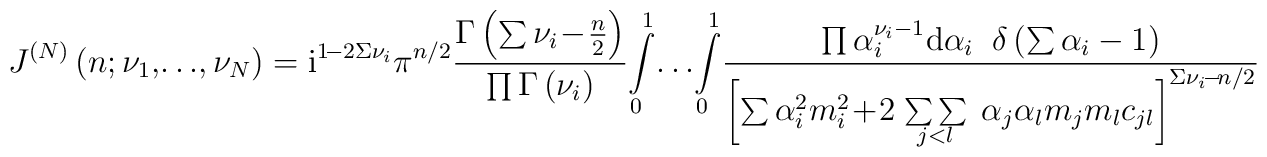
J^{(N)}\left(n; \nu_1, \!\ldots\! , \nu_N \right)= \mbox{i}^{1\!-2\Sigma\nu_i} \pi^{n/2}\frac{\Gamma\left(\sum\nu_i \!-\! {\textstyle{n\over2}} \right)}     {\prod\Gamma\left(\nu_i\right)} \!\int\limits_0^1 \!\ldots\! \int\limits_0^1 \!\frac{\prod \alpha_i^{\nu_i-1} \mbox{d}\alpha_i \;\;      \delta\left( \sum\alpha_i -1 \right)}     {\left[ \sum \alpha_i^2 m_i^2 \!+\!2\!\begin{array}{c} {} \\[-3mm] {\sum\sum} \\[-3mm] {}_{j<l}     \end{array}\alpha_j \alpha_l m_j m_l c_{jl} \right]^{\Sigma\nu_i \!-\! n/2} }